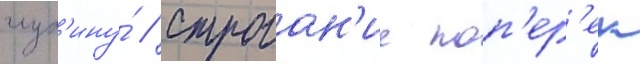
глуб'ину́ // Строган'ие поп'ер'ек